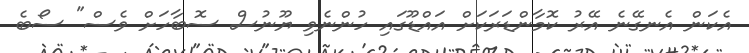
އެކަން އެނގޭނެ އޭރު ކޮމާންޑަރަކަށް އައްޑޫގައި ހުންނެވި ޔޫނުސް ސޮބާހަށް ވެސް" ސޯބެ